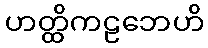
ဟတ္ထိကဠဘေဟိ